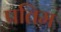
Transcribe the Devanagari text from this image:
पतिम